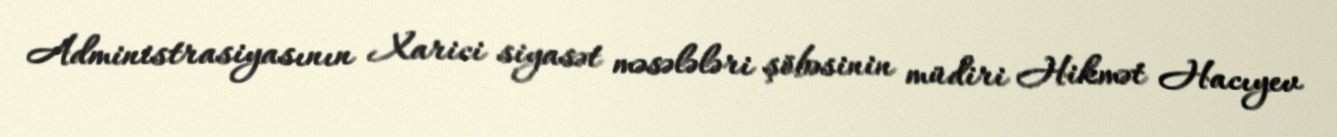
Administrasiyasının Xarici siyasət məsələləri şöbəsinin müdiri Hikmət Hacıyev